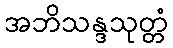
အဘိသန္ဒသုတ္တံ